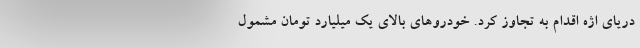
دریای اژه اقدام به تجاوز کرد. خودروهای بالای یک میلیارد تومان مشمول